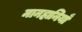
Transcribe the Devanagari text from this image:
मानहानियाँ